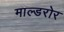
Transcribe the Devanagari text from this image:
माल्डरोर